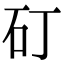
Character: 矴